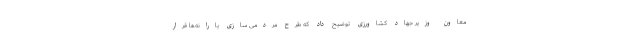
معاون وزیر جهاد کشاورزی توضیح داد که طرح مردمی سازی یارانه‌ها قرار